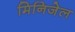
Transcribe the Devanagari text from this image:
मिनिजेल